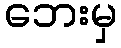
ဘေးမှ